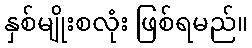
နှစ်မျိုးစလုံး ဖြစ်ရမည်။